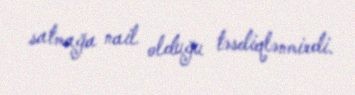
satmağa nail olduğu təsdiqlənmirdi.